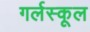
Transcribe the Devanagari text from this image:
गर्लस्कूल